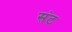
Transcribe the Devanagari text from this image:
संट